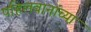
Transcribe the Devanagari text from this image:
पहिलवानांच्या